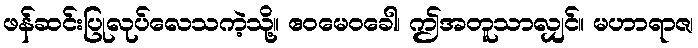
ဖန်ဆင်းပြုလုပ်လေသကဲ့သို့။ ဧဝမေဝခေါ၊ ဤအတူသာလျှင်။ မဟာရာဇ၊